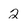
Character: 2